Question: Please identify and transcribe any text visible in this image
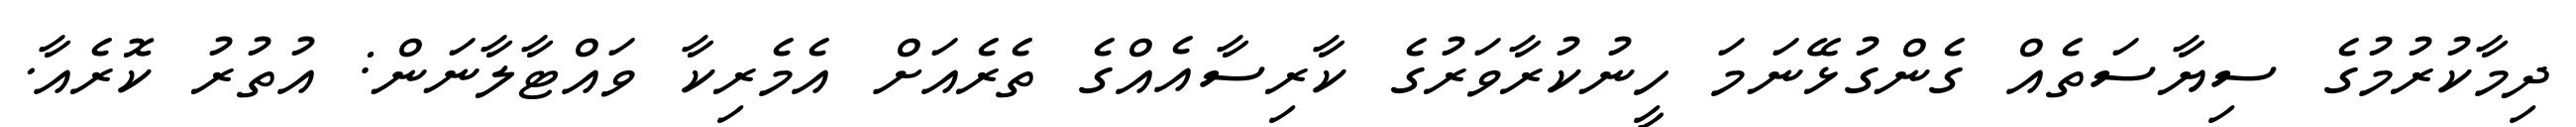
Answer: ދިމާކުރުމުގެ ސިޔާސަތެއް ގެންގުޅޭނަމަ ހީނުކުރާވަރުގެ ކާރިސާއެއްގެ ތެރެއަށް އެމެރިކާ ވައްޓާލާނަން: އުތުރު ކޮރެއާ.